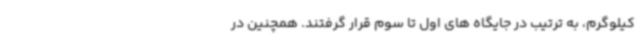
کیلوگرم، به ترتیب در جایگاه های اول تا سوم قرار گرفتند. همچنین در